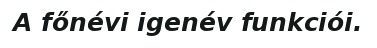
A főnévi igenév funkciói.